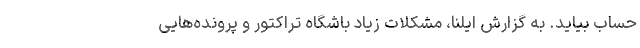
حساب بیاید. به گزارش ایلنا، مشکلات زیاد باشگاه تراکتور و پرونده‌هایی